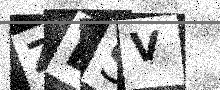
Text: ZESV